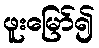
ဖူးမြော်၍